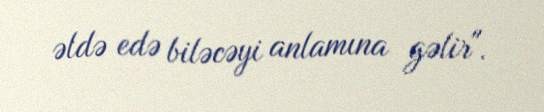
əldə edə biləcəyi anlamına gəlir".